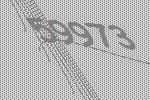
59973